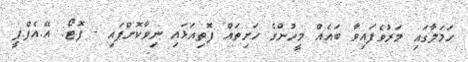
ހަމަލާގައި މަރުވެފައިވާ ބައެއް މީހުންގެ ހަށިތައް ފޮތިއަޅައި ނިވާކޮށްފައި - ފޮޓޯ: އޭ.އެފް.ޕީ